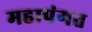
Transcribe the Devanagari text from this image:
महापंगत